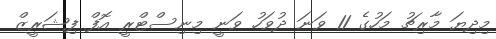
މިދިޔަ މާރިޗު މަހުގެ 11 ވަނަ ދުވަހު ވަނީ މިނިސްޓްރީ އޮފް ފިޝަރީޒް